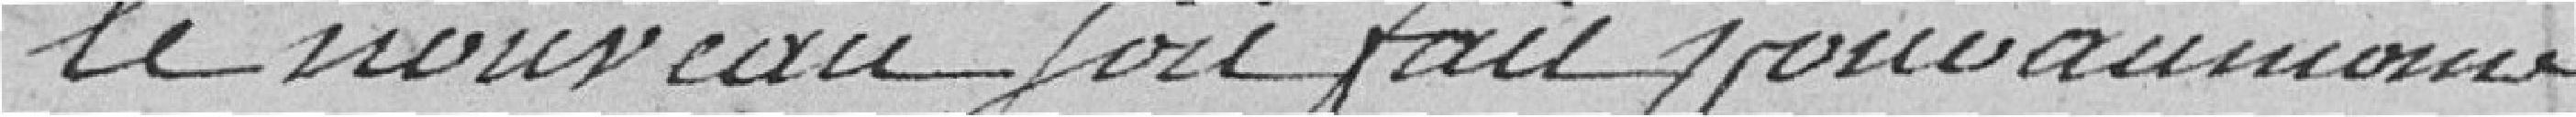
le nouveau bail fait pour au moins